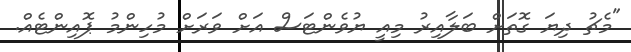
"މެޗު ދިޔަ ގޮތަށް ބަލާއިރު މިއީ ޔުވެންޓަސް އަށް ވަރަށް މުހިންމު ޕޮއިންޓެއް.